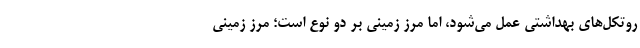
روتکل‌های بهداشتی عمل می‌شود، اما مرز زمینی بر دو نوع است؛ مرز زمینی